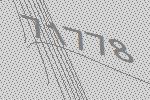
71778